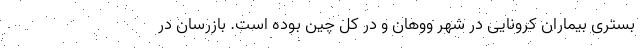
بستری بیماران کرونایی در شهر ووهان و در کل چین بوده است. بازرسان در